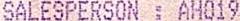
SALESPERSON : AH019